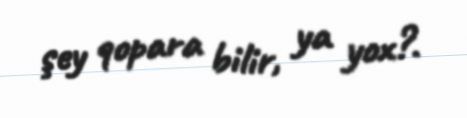
şey qopara bilir, ya yox?.